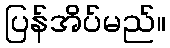
ပြန်အိပ်မည်။